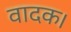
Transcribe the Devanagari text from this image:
वादक।